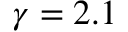
\gamma = 2 . 1